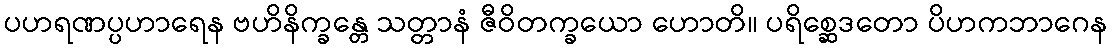
ပဟရဏပ္ပဟာရေန ဗဟိနိက္ခန္တေ သတ္တာနံ ဇီဝိတက္ခယော ဟောတိ။ ပရိစ္ဆေဒတော ပိဟကဘာဂေန